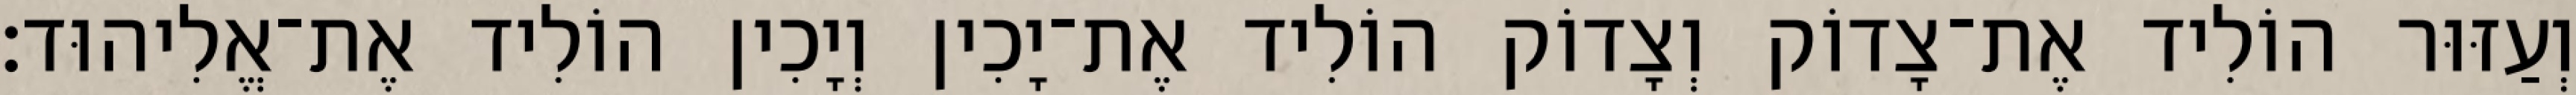
וְעַזּוּר הוֹלִיד אֶת־צָדוֹק וְצָדוֹק הוֹלִיד אֶת־יָכִין וְיָכִין הוֹלִיד אֶת־אֱלִיהוּד׃